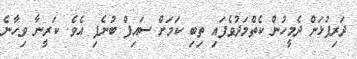
ދަރިފުޅަށް ދެމީހުން ކެތްމަދުވެފައި ތިބި ކަމަށް ސައިފް ބުނެފި އެވެ. ކަރީނާ ވިހާނެ